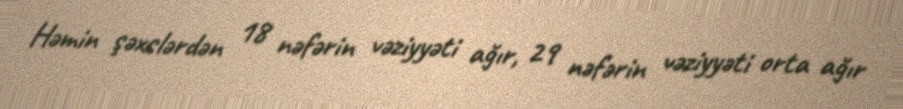
Həmin şəxslərdən 18 nəfərin vəziyyəti ağır, 29 nəfərin vəziyyəti orta ağır